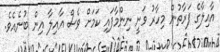
އާއިލާގެ ފަރާތުން މިހާރު ވަނީ ނިންމާފައި ކަމަށް ވެސް އާއިލާ އިން ބުނެއެވެ.